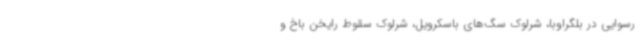
رسوایی در بلگراوبا، شرلوک سگ‌های باسکرویل، شرلوک سقوط رایخن باخ و